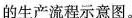
的生产流程示意图。